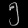
Digit: ၅